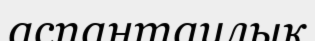
аспантаулық